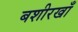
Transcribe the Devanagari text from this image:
बशीरखाँ